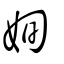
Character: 姰